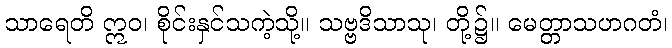
သာရေတိ ဣဝ၊ စိုင်းနှင်သကဲ့သို့။ သဗ္ဗဒိသာသု၊ တို့၌။ မေတ္တာသဟဂတံ၊